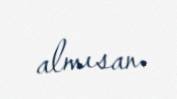
almısan.